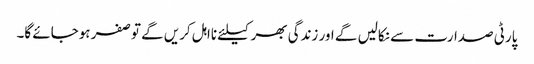
پارٹی صدارت سے نکالیں گے اور زندگی بھر کیلئے نااہل کریں گے توصفر ہوجائے گا۔